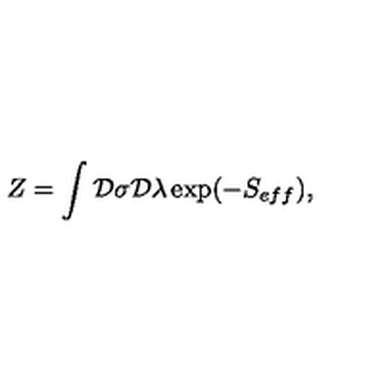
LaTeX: Z = \int { \cal D } \sigma { \cal D } \lambda \exp ( - S _ { e f f } ) ,